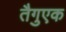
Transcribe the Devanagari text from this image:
तैगुएक